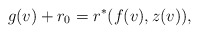
\begin{align*} g(v)+r_0=r^\ast(f(v),z(v)),\end{align*}